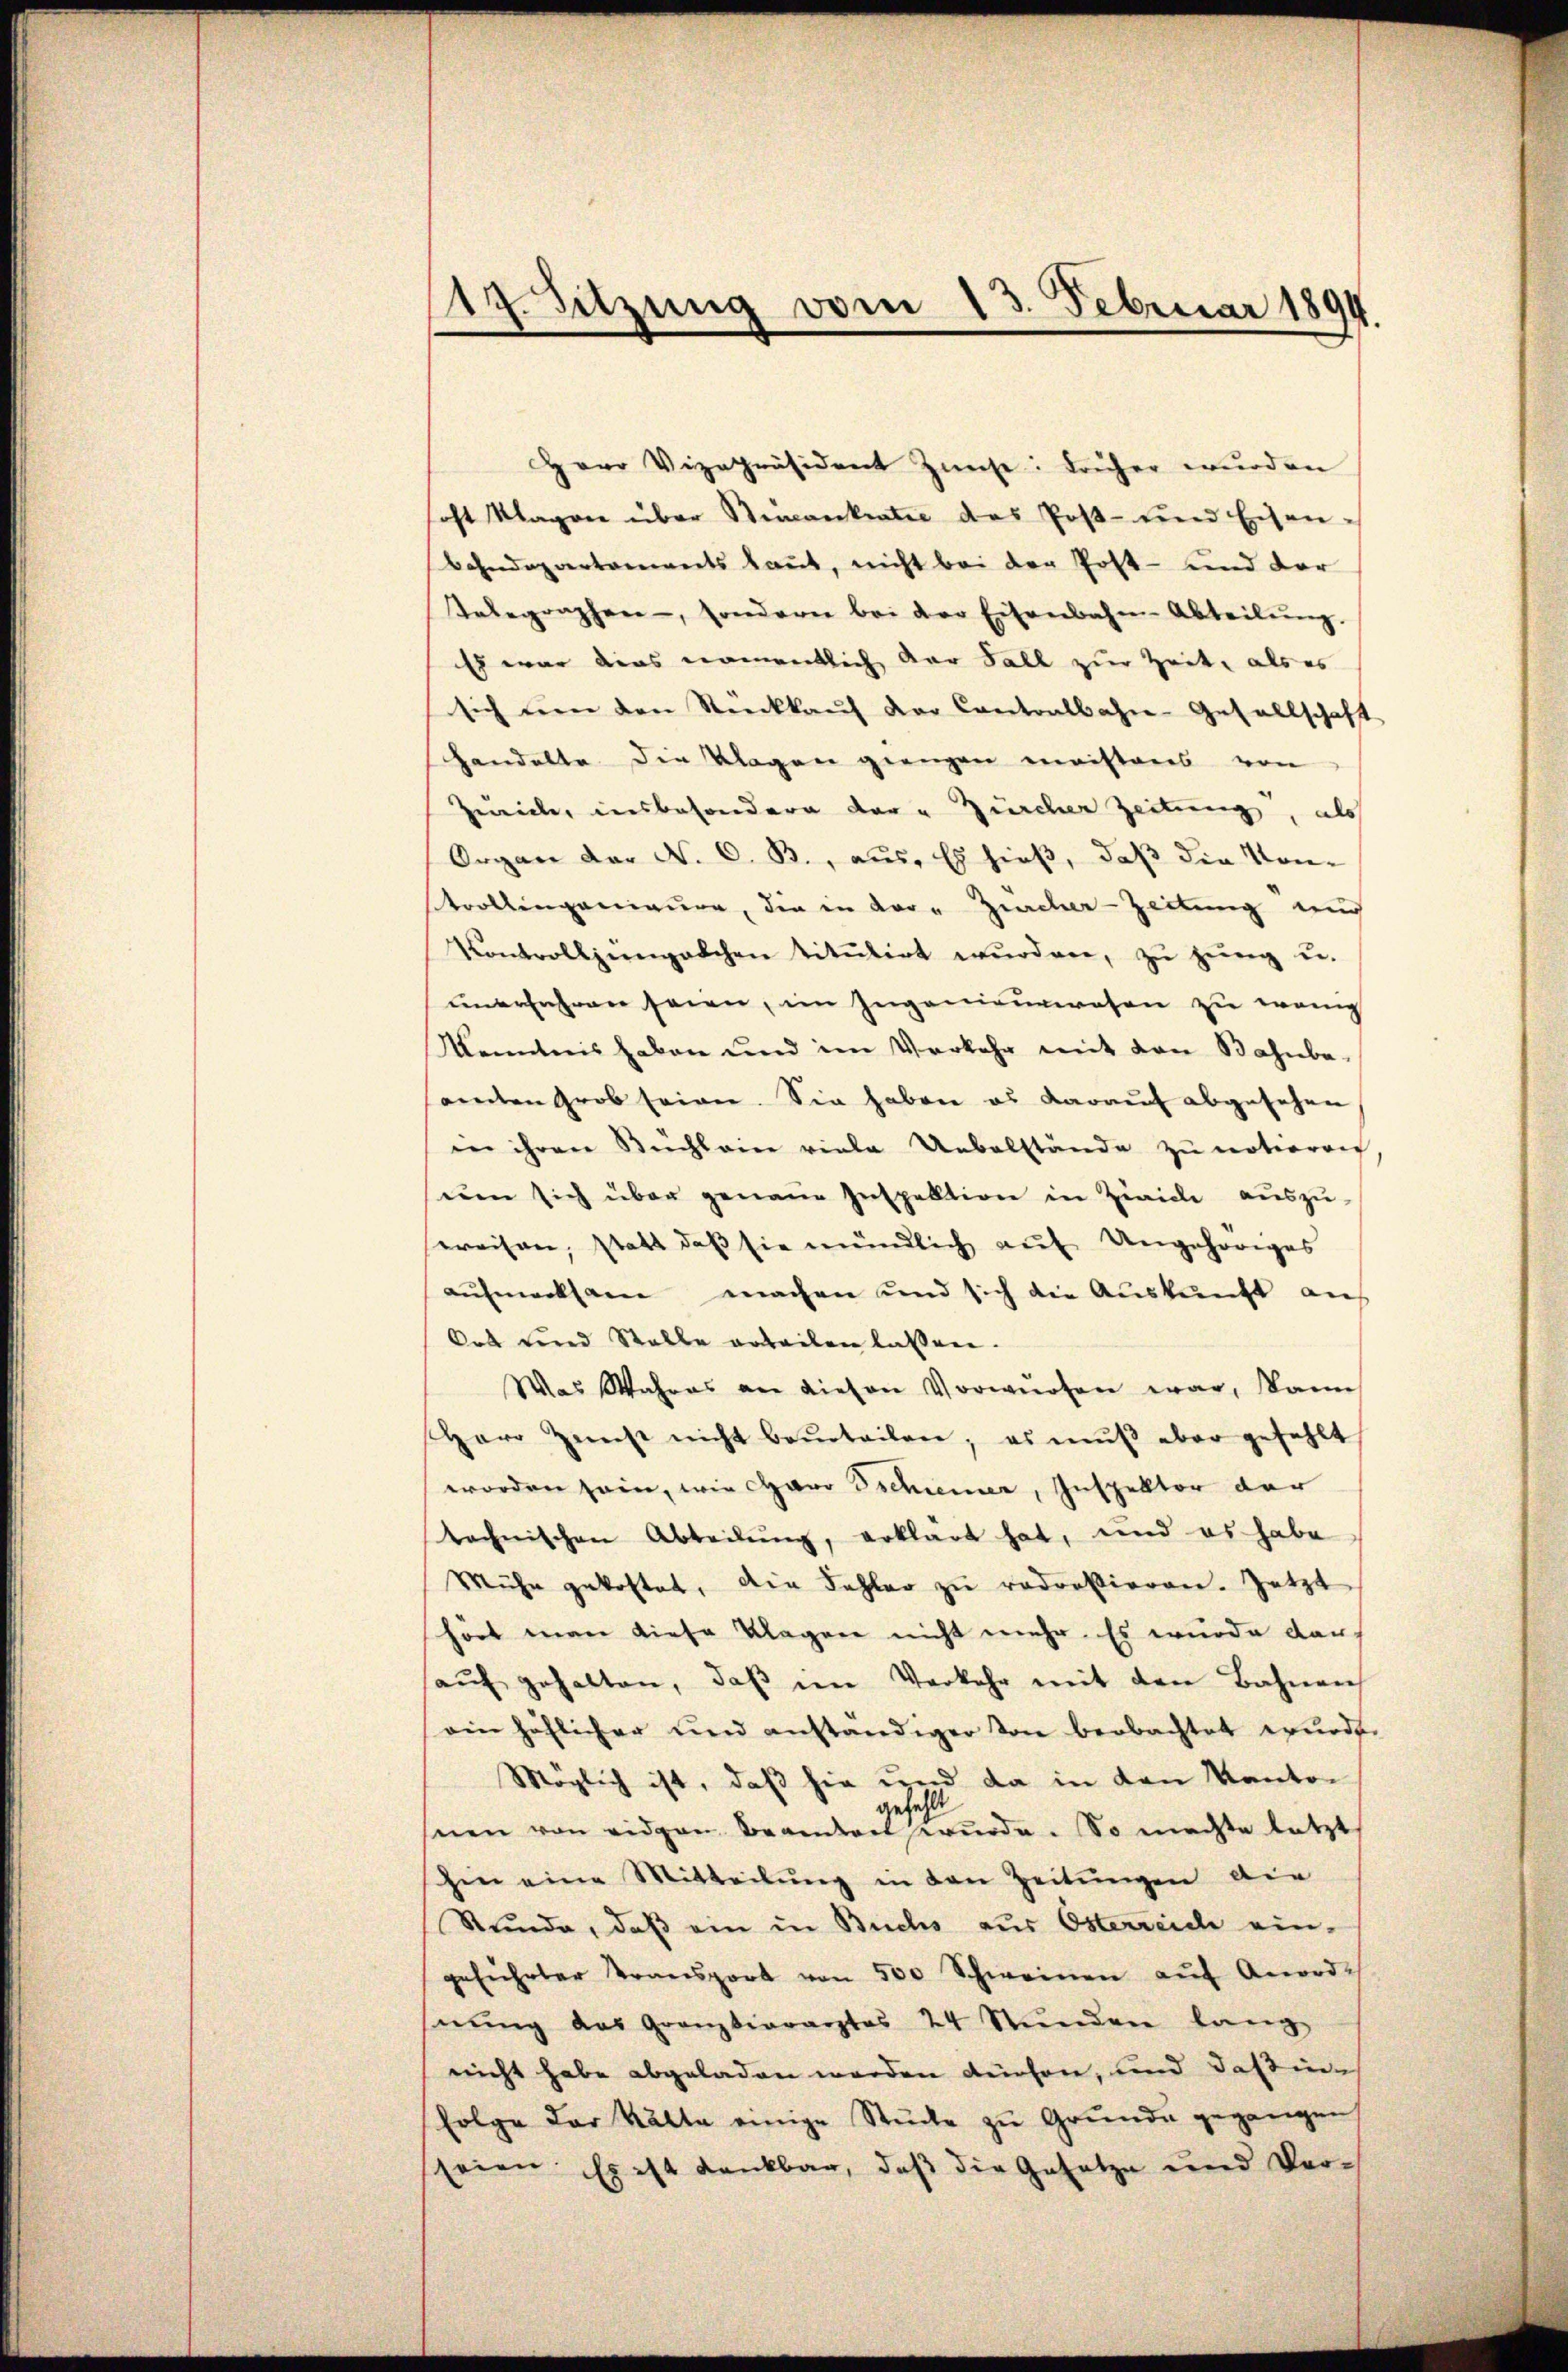
119. Sitzung vom 13. Februar 1894.

Herr Vizepräsident Zinse: Früher wurden
oft Klagen über Stimankrater das Post- und Eisen-
bahndepartements laut, nicht bei der Post- und der
Telegraphen, sondern bei der Eisenbahn-Abteilŭng.
Es war dies namentlich der Fall zur Zeit, als es
sich den den Rückkaŭf der Contralbahn-Gesellschaft
Handelte die Klagen giengen meistens von
Zwicke, insbesondere der u Zürcher Zeitung, als
Organ der N. O. B., aus, Es hieß, daß die Kon-
srollingenauer, die in der - Zürcher-Zeitung und
Kontrollingelchen titŭlirt wŭrden, zŭ zŭng u.
unerfahren seien, im Ingenieurwesen zu wenig
Kenntnis haben und im Verkehr mit von Bahnba-
amten Grob seinen. Sie haben es darauf abgesehen
in ihren Büchleine viele Uebelstände zŭ notioren,
um sich über genaue Inspektion in Zürich auszu-
weisen, statt daß sie mündlich auf Ungehöriges
aufmerksam machen und sich die Auskunft auf
Ort und Stelle erteilen lassen.
Was Wahres an diesen Vorwürfen war, kann
Herr Zŭcht nicht beurteilen; es mŭβ aber gefehlt
worden sein, wie Garo Schiener, Inspektor der
technischen Abteilŭng, erklärt hat, und es habe
Mühe gekostet, die Fehler zu redretieren. Jetzt
hört man diese Klagen nicht mehr. Es wurde darf
haŭf gehalten, daβ im Verkehr mit den Bahnen
ein höflicher und anständiger von beobachtet wurde.
Möglich ist, daß sie und da in den Kanton
gefehlt
nen von eidgen Beamten würde. So machte letzt
hin eine Mitteilŭng in den Zeitŭngen die
Stunde, daß ein in Buchs aus Osterreich ein-
geführter Transport von 500 Schweinen aŭf Anord-
nŭng das Granztiararztes 24 Stŭnden lang
nicht habe abgeladen werden dürfen, und daß in
folge der Kälte einige Stücke zu Grunde gegangen,
seien. Es ist dankbar, daβ die Gesetze und Ver-